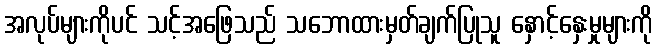
အလုပ်များကိုပင် သင့်အဖြေသည် သဘောထားမှတ်ချက်ပြုသူ နှောင့်နှေးမှုများကို